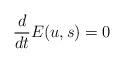
LaTeX: \begin{align*}\frac{d}{dt}E(u,s)=0 \end{align*}